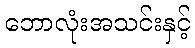
ဘောလုံးအသင်းနှင့်